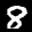
Label: 8